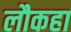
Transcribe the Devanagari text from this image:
लौकहा